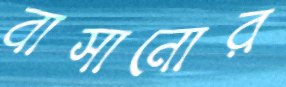
বাসানোর